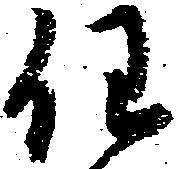
任